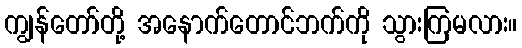
ကျွန်တော်တို့ အနောက်တောင်ဘက်ကို သွားကြမလား။